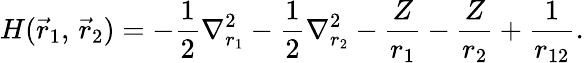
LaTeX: H({\vec{r}}_{1},\, {\vec{r}}_{2})=-{\frac{1}{2}}\nabla_{r_{1}}^{2}-{\frac{1}{2}}\nabla_{r_{2}}^{2}-{\frac{Z}{r_{1}}}-{\frac{Z}{r_{2}}}+{\frac{1}{r_{12}}}.